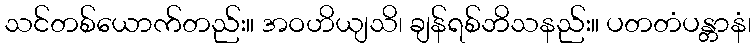
သင်တစ်ယောက်တည်း။ အဝဟိယျသိ၊ ချန်ရစ်ဘိသနည်း။ ပတတံပန္တာနံ၊